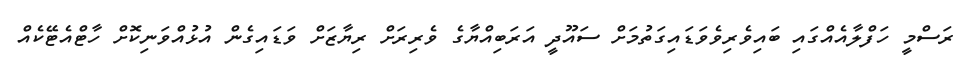
ރަސްމީ ހަފްލާއެއްގައި ބައިވެރިވެވަޑައިގަތުމަށް ސައޫދީ އަރަބިއްޔާގެ ވެރިރަށް ރިޔާޒަށް ވަޑައިގެން އުޅުއްވަނިކޮށް ހާޓްއެޓޭކެއް